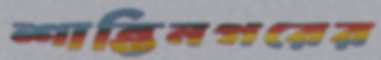
শান্তিনগরের